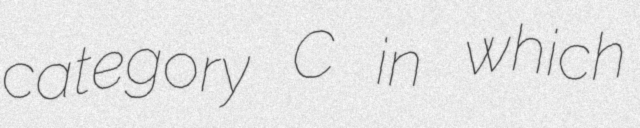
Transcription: category C in which